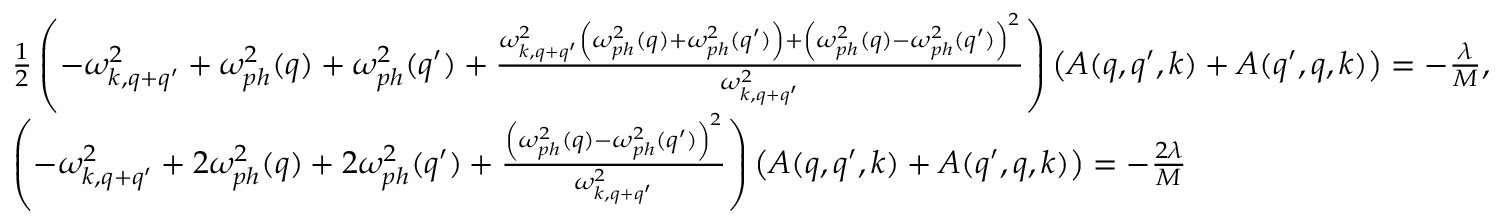
\begin{array} { r l } & { \frac { 1 } { 2 } \left( - \omega _ { k , q + q ^ { \prime } } ^ { 2 } + \omega _ { p h } ^ { 2 } ( q ) + \omega _ { p h } ^ { 2 } ( q ^ { \prime } ) + \frac { \omega _ { k , q + q ^ { \prime } } ^ { 2 } \left( \omega _ { p h } ^ { 2 } ( q ) + \omega _ { p h } ^ { 2 } ( q ^ { \prime } ) \right) + \left( \omega _ { p h } ^ { 2 } ( q ) - \omega _ { p h } ^ { 2 } ( q ^ { \prime } ) \right) ^ { 2 } } { \omega _ { k , q + q ^ { \prime } } ^ { 2 } } \right) \left( A ( q , q ^ { \prime } , k ) + A ( q ^ { \prime } , q , k ) \right) = - \frac { \lambda } { M } , } \\ & { \left( - \omega _ { k , q + q ^ { \prime } } ^ { 2 } + 2 \omega _ { p h } ^ { 2 } ( q ) + 2 \omega _ { p h } ^ { 2 } ( q ^ { \prime } ) + \frac { \left( \omega _ { p h } ^ { 2 } ( q ) - \omega _ { p h } ^ { 2 } ( q ^ { \prime } ) \right) ^ { 2 } } { \omega _ { k , q + q ^ { \prime } } ^ { 2 } } \right) \left( A ( q , q ^ { \prime } , k ) + A ( q ^ { \prime } , q , k ) \right) = - \frac { 2 \lambda } { M } } \end{array}